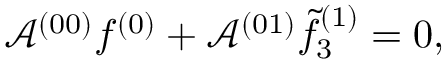
\mathcal { A } ^ { ( 0 0 ) } f ^ { ( 0 ) } + \mathcal { A } ^ { ( 0 1 ) } \tilde { f } _ { 3 } ^ { ( 1 ) } = 0 ,